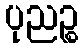
ပုညဉ္စ